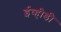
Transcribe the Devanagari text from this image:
ईव्हीडी